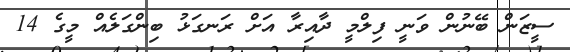
ސީޒަން ބޭނުން ވަނީ ފިލްމީ ދާއިރާ އަށް ރަނގަޅު ބިންގަލެއް މީގެ 14